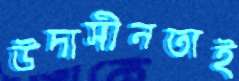
উদাসীনতাই